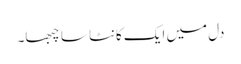
دل میں ایک کانٹا سا چبھا۔